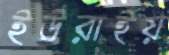
ইউরাইয়